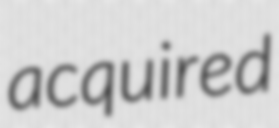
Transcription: acquired